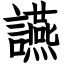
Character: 讌